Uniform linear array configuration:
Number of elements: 4
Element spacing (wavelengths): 0.25
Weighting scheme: hann
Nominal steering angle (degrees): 45
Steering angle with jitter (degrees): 45.631
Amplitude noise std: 0.05
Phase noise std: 0.05

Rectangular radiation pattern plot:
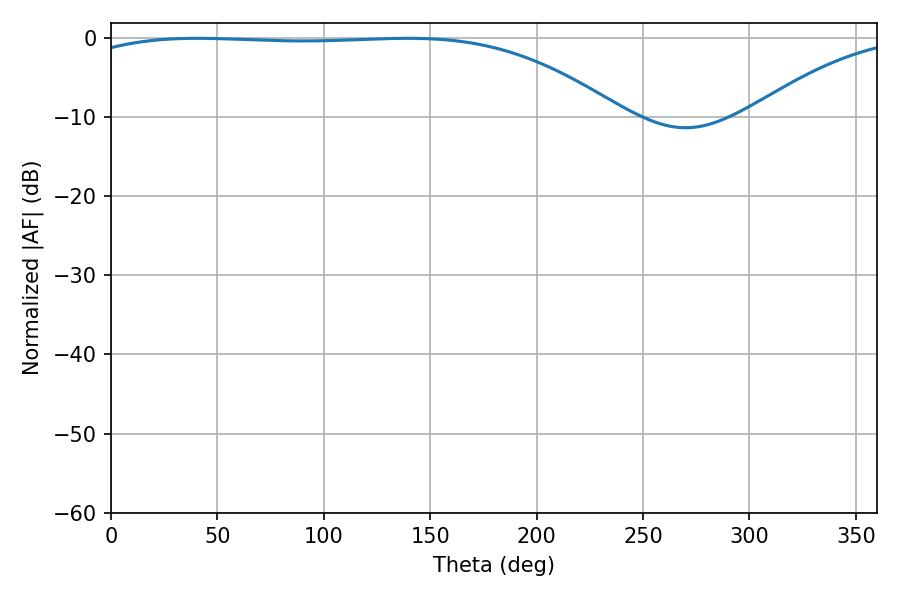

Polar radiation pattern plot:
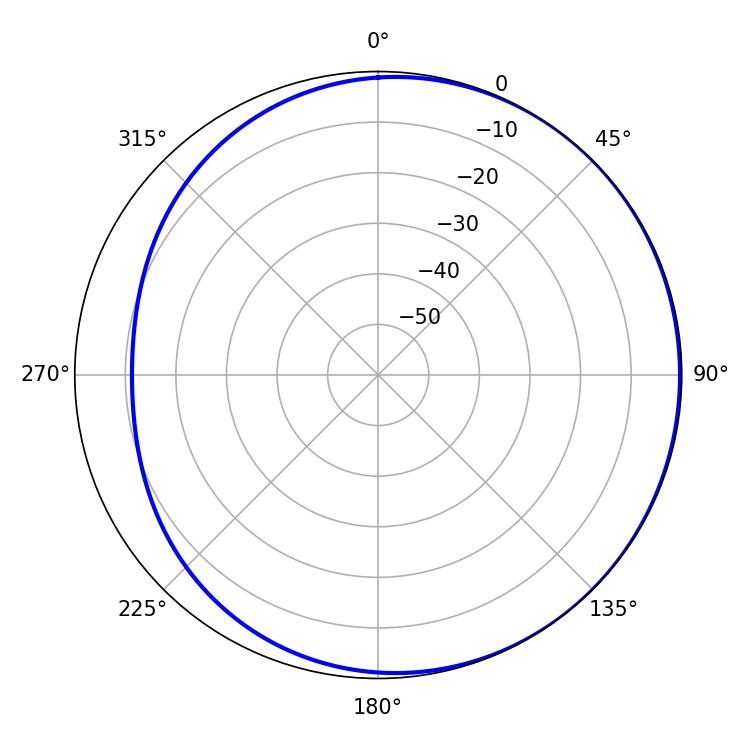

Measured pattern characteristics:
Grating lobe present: FALSE
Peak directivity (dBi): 1.198
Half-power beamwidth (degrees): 200.34
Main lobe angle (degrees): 40.5